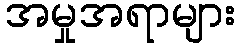
အမှုအရာများ